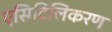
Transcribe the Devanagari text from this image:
एसिटिलिकरण